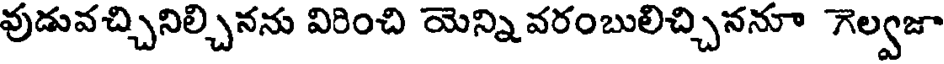
వుడువచ్చినిల్చినను విరించి యెన్ని వరంబులిచ్చిననూ గెల్వజా